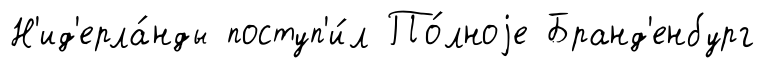
Н'ид'ерла́нды поступ'и́л По́лноjе Бранд'енбург